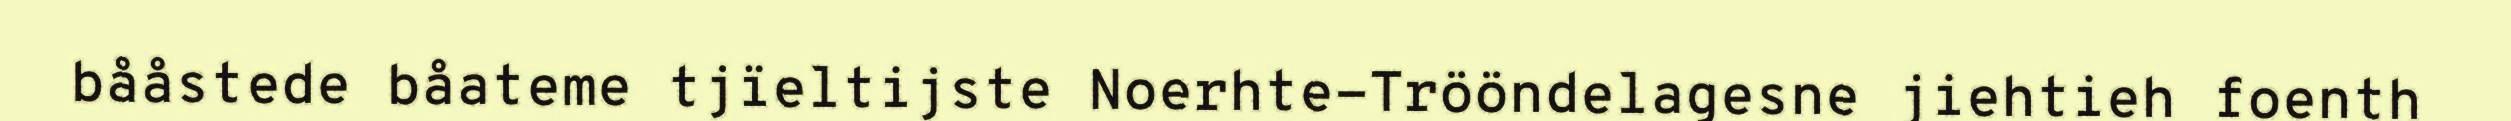
bååstede båateme tjïeltijste Noerhte-Trööndelagesne jiehtieh foenth